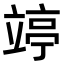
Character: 𥪜